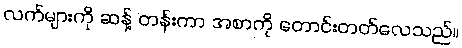
လက်များကို ဆန့် တန်းကာ အစာကို တောင်းတတ်လေသည်။